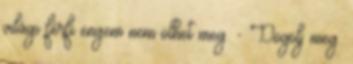
világi férfi engem nem ölhet meg. - Dögölj meg.